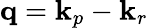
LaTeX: \mathbf q=\mathbf k_{p}-\mathbf k_{r}